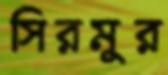
সিরমুর